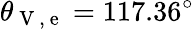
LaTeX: \theta_{\mathrm{~V~,~e~}}=117.36^{\circ}